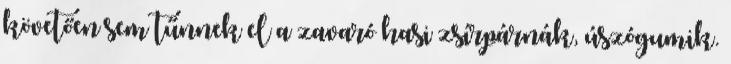
követően sem tűnnek el a zavaró hasi zsírpárnák, úszógumik.